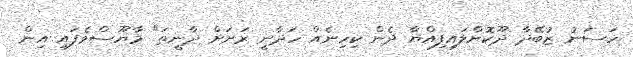
ހަސަނު ޒުބޭދާ ދޫކޮށްލައިފިއްޔާ ދެން ކިހިނެއް ހަދާނީ ރަށަށް ދާނީތަ" މާޔޫސްވެފައި އިން